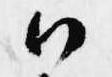
候